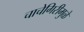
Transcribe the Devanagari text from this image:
चाचेगिरीमुळे